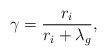
LaTeX: \begin{align*}\gamma=\frac{r_i}{r_i+\lambda_g},\end{align*}